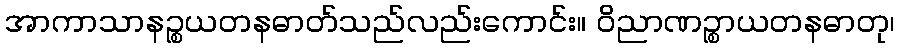
အာကာသာနဉ္စယတနဓာတ်သည်လည်းကောင်း။ ဝိညာဏဉ္စာယတနဓာတု၊